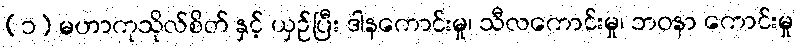
(၁) မဟာကုသိုလ်စိတ် နှင့် ယှဉ်ပြီး ဒါနကောင်းမှု၊ သီလကောင်းမှု၊ ဘဝနာ ကောင်းမှု